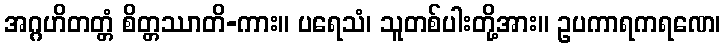
အဂ္ဂဟိတတ္တံ စိတ္တဿာတိ-ကား။ ပရေသံ၊ သူတစ်ပါးတို့အား။ ဥပကာရကရဏေ၊